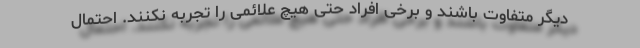
دیگر متفاوت باشند و برخی افراد حتی هیچ علائمی را تجربه نکنند. احتمال